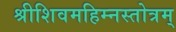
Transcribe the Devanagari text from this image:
श्रीशिवमहिम्नस्तोत्रम्